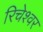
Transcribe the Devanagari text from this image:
रिचेश्वर